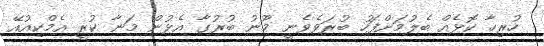
ހުރިހާ ކޮޅެއް ބެލުމަށްފަހު ބުރަވެވެނީ މޫނު ބުރުގާ އެޅުން މަނާ ކުރީ އެމްކިއުއޭ